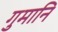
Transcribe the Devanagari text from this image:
गुमानि